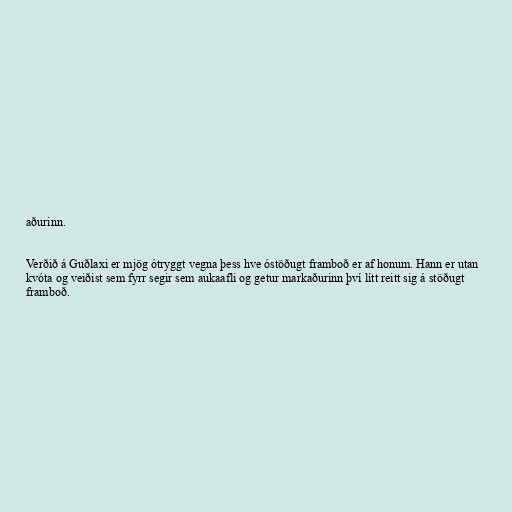
aðurinn.

Verðið á Guðlaxi er mjög ótryggt vegna þess hve óstöðugt framboð er af honum. Hann er utan
kvóta og veiðist sem fyrr segir sem aukaafli og getur markaðurinn því lítt reitt sig á stöðugt
framboð.